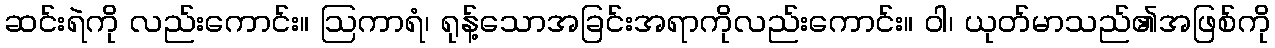
ဆင်းရဲကို လည်းကောင်း။ ဩကာရံ၊ ရုန့်သောအခြင်းအရာကိုလည်းကောင်း။ ဝါ၊ ယုတ်မာသည်၏အဖြစ်ကို